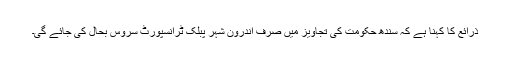
ذرائع کا کہنا ہے کہ سندھ حکومت کی تجاویز میں صرف اندرون شہر پبلک ٹرانسپورٹ سروس بحال کی جائے گی۔